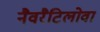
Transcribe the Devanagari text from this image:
नैवरैटिलोवा